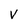
Character: V